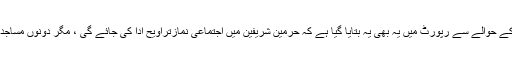
پریزیڈینسی کے صدر ڈاکٹر شیخ ڈاکٹر عبدالرحمان بن عبدالعزیز السدیس کے حوالے سے رپورٹ میں یہ بھی یہ بتایا گیا ہے کہ حرمین شریفین میں اجتماعی نمازتراویح ادا کی جائے گی ، مگر دونوں مساجد میں اتھارٹی کے ملازمین اور ورکرس ہی نماز تراویح ادا کرسکیں گے ۔